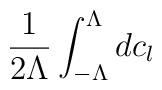
\frac{1}{2 \Lambda} \int_{-\Lambda}^{\Lambda} d c_{l}